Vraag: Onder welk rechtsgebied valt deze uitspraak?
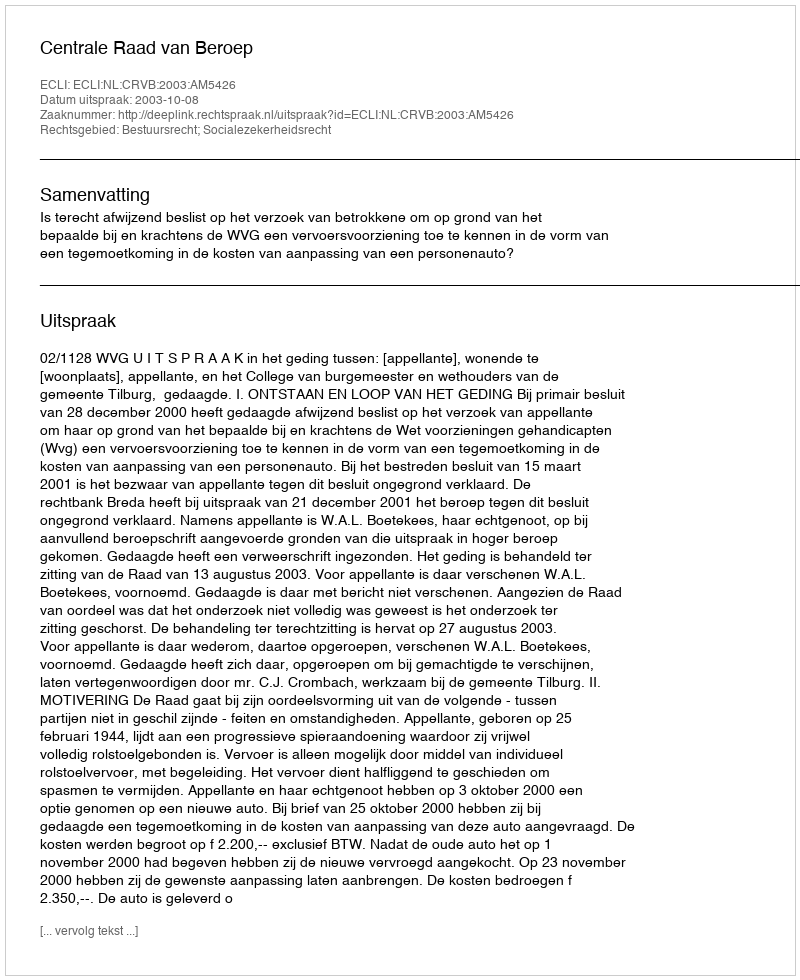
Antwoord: Bestuursrecht; Socialezekerheidsrecht